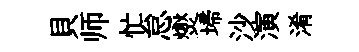
貝师忙怠爕埽沙演淆